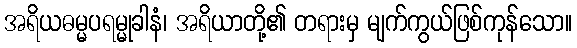
အရိယဓမ္မပရမ္မုခါနံ၊ အရိယာတို့၏ တရားမှ မျက်ကွယ်ဖြစ်ကုန်သော။